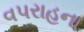
વપરાહના